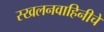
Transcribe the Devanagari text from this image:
स्खलनवाहिनीचे